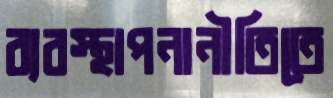
ব্যবস্থাপনানীতিতে